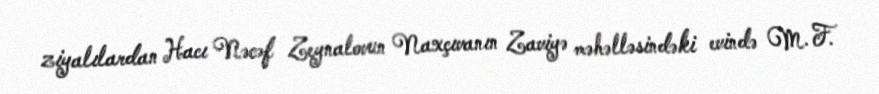
ziyalılardan Hacı Nəcəf Zeynalovun Naxçıvanın Zaviyə məhəlləsindəki evində M. F.